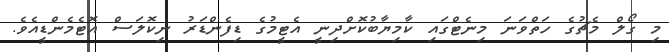
މި ގޯލް މެޗުގެ ހަތްވަނަ މިނެޓްގައި ކާމިޔާބުކޮށްދިނީ އެޓީމުގެ ޑިފެންޑަރު ނިކޮލަސް އޮޓެމެންޑީއެވެ.